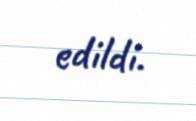
edildi.